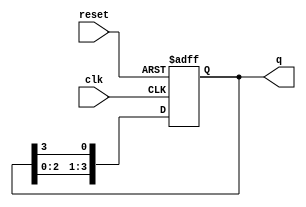
module ring_counter (
    input wire clk,        // Clock signal
    input wire reset,      // Asynchronous reset signal
    output reg [3:0] q     // 4-bit output of the ring counter
);

// Asynchronous reset or initial state setting
always @(posedge clk or posedge reset) begin
    if (reset) begin
        // Initialize the counter to the first state (0001)
        q <= 4'b0001;
    end else begin
        // Shift the '1' to the next flip-flop in a circular fashion
        q <= {q[2:0], q[3]}; // Rotate left
    end
end

endmodule